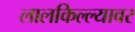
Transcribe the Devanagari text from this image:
लालकिल्ल्यावर